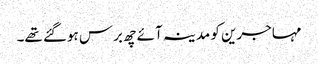
مہاجرین کو مدینہ آئے چھ برس ہوگئے تھے۔